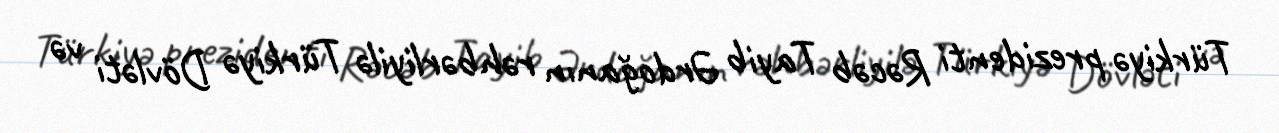
Türkiyə prezidenti Rəcəb Tayib Ərdoğanın rəhbərliyilə Türkiyə Dövləti və